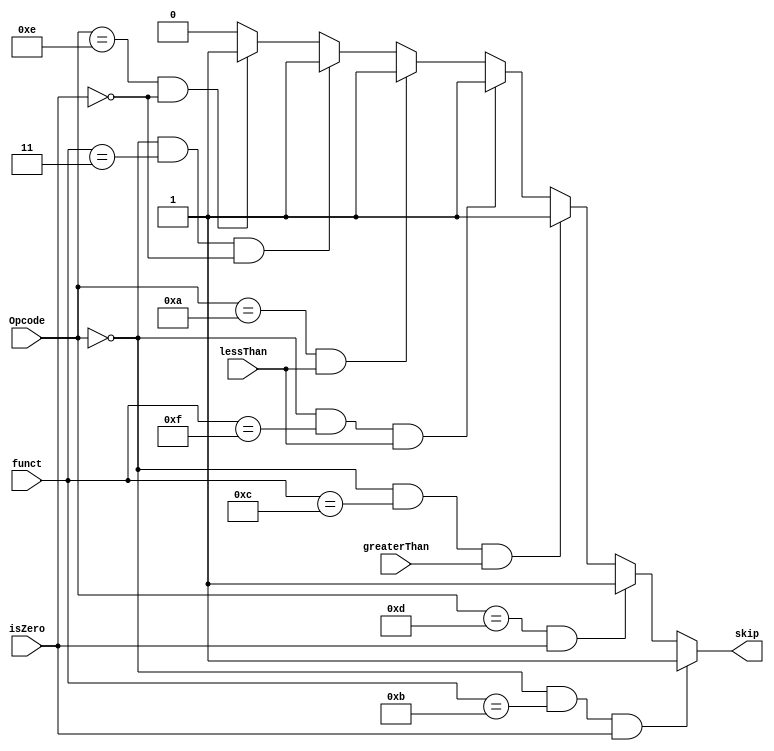
module miniController(
    input [3:0] Opcode,
    input isZero,
    input greaterThan,
    input lessThan,
    output reg skip,
    input [3:0] funct
    );

always @ (*) begin
	if(Opcode == 0 && funct == 11 && isZero == 1)  //seq
		skip <= 1;
		
	else if(Opcode == 13 && isZero == 1)//seqi
	   skip <= 1;
		else if(Opcode == 0 && funct == 12 && greaterThan == 1)//sgt
		skip<=1;
		else if(Opcode == 0 && funct == 15 && lessThan == 1)//slt
		skip<=1;
		else if(Opcode == 10 && lessThan == 1)//slti
		skip<=1;
		else if(Opcode == 0 && funct == 3 && isZero == 0)//sne
		skip<=1;
		else if(Opcode == 14  && isZero ==0)//snei
		skip<=1;
		
	else
	skip<=0;
	
	
end

endmodule